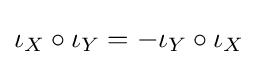
\iota _{X}\circ \iota _{Y}=-\iota _{Y}\circ \iota _{X}